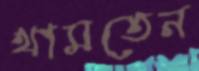
থামতেন